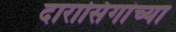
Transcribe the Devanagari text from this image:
दारासिंगांच्या